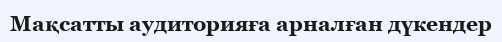
Мақсатты аудиторияға арналған дүкендер